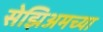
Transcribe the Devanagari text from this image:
सेझिअमच्या